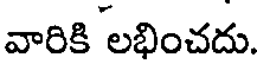
వారికి లభించదు.